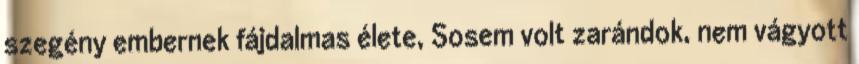
szegény embernek fájdalmas élete, Sosem volt zarándok, nem vágyott